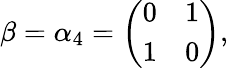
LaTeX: \beta=\alpha_{4}=\left(\begin{array}{ll}{{0}}&{{1}}\\ {{1}}&{{0}}\end{array}\right),